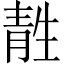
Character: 𫕹